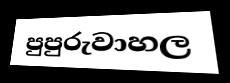
පුපුරුවාහල